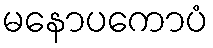
မနောပကောပံ